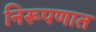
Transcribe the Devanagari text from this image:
निरूपणात